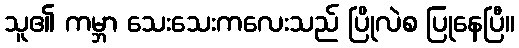
သူ၏ ကမ္ဘာ သေးသေးကလေးသည် ပြိုလဲစ ပြုနေပြီ။